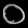
Digit: ၀